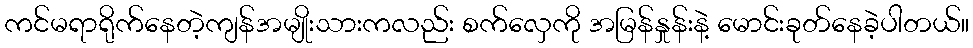
ကင်မရာရိုက်နေတဲ့ကျန်အမျိုးသားကလည်း စက်လှေကို အမြန်နှုန်းနဲ့ မောင်းခုတ်နေခဲ့ပါတယ်။